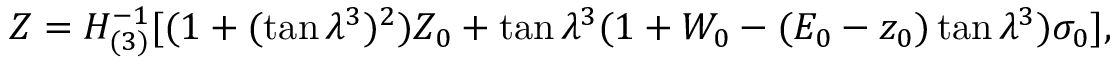
Z = H _ { ( 3 ) } ^ { - 1 } [ ( 1 + ( \tan \lambda ^ { 3 } ) ^ { 2 } ) Z _ { 0 } + \tan \lambda ^ { 3 } ( 1 + W _ { 0 } - ( E _ { 0 } - z _ { 0 } ) \tan \lambda ^ { 3 } ) \sigma _ { 0 } ] ,